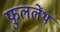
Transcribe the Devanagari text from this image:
फुललेंथ